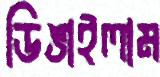
ডিঙাইলাম